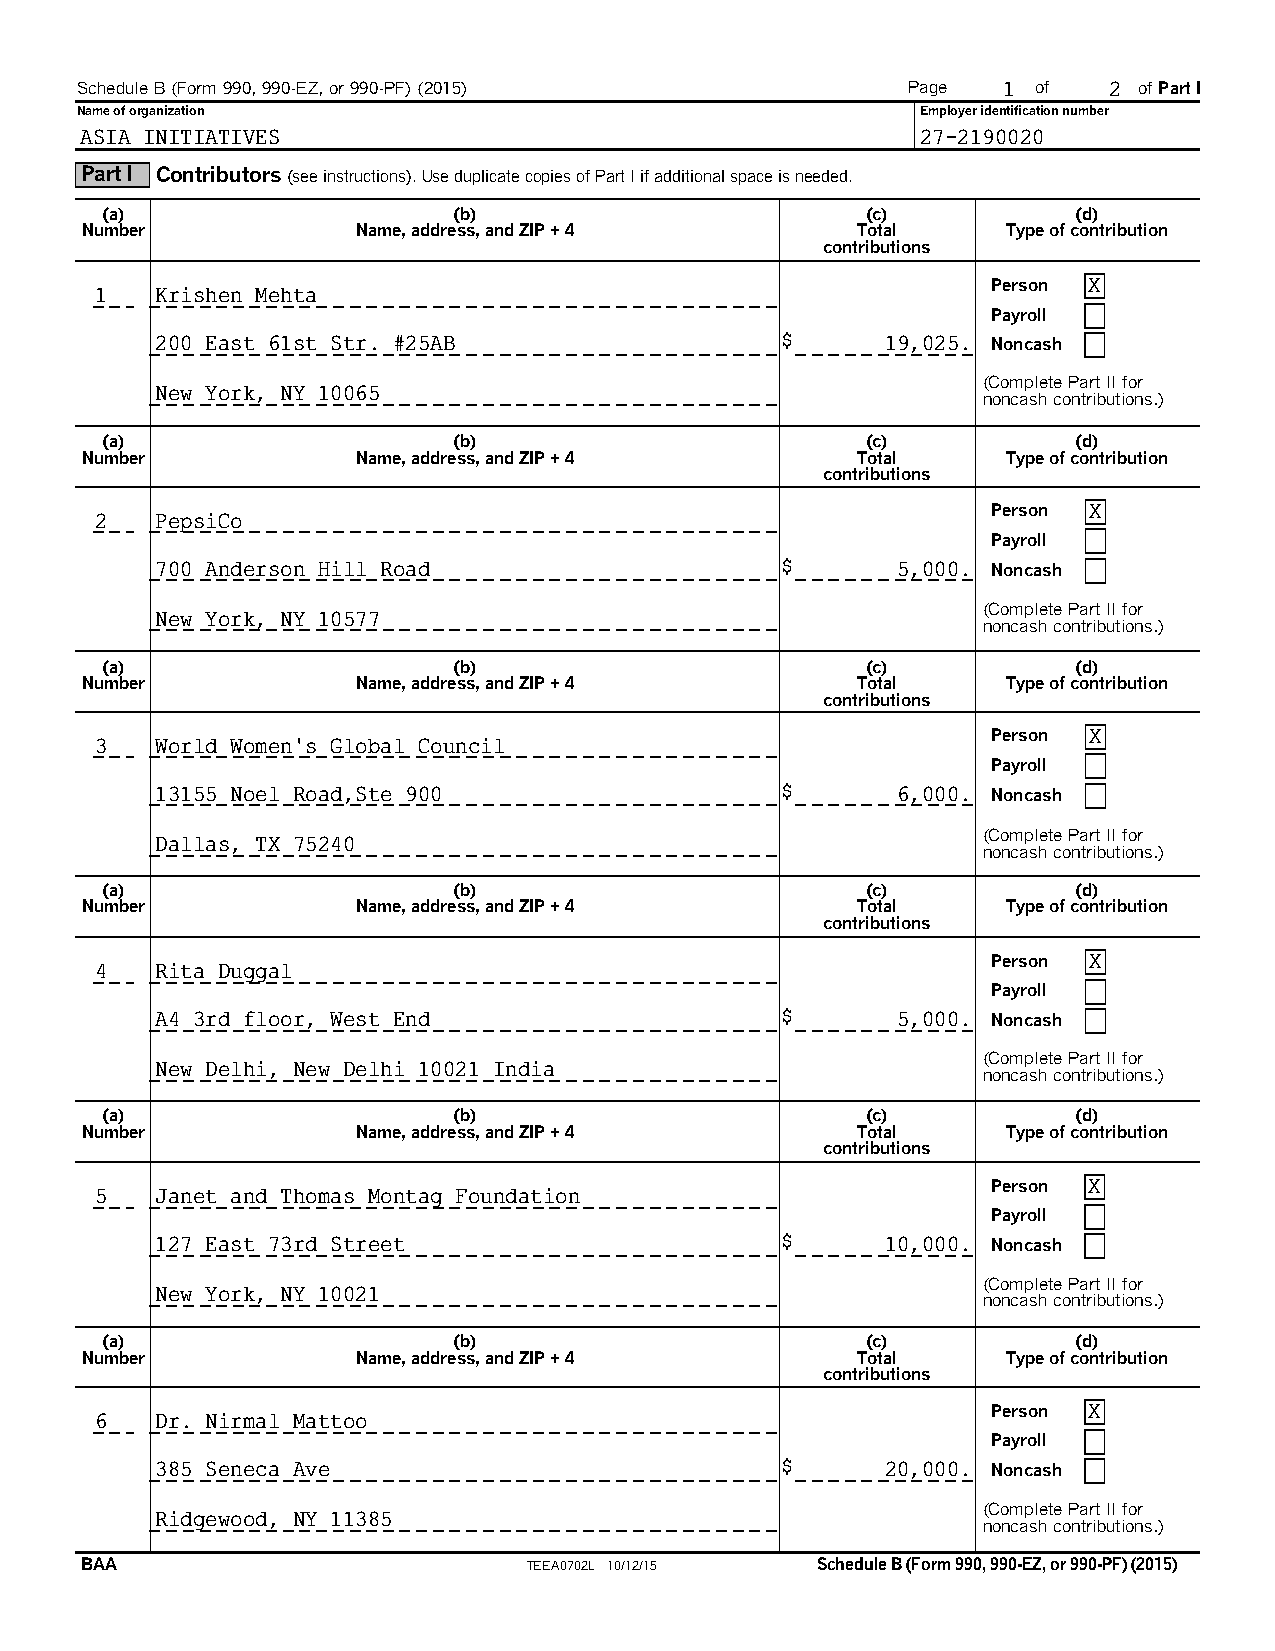
Schedule B (Form 990, 990-EZ, or 990-PF) (2015)        Page  1  of  2 of Part I
 Name of organization                                    Employer identification number
 ASIA INITIATIVES                                        27-2190020
 Part I Contributors(see instructions). Use duplicate copies of Part I if additional space is needed.
 (a)                    (b)                        (c)           (d)
 Number             Name, address, and ZIP + 4       Total     Type of contribution
 contributions
 Person X
 1   Krishen Mehta
 Payroll
 200 East 61st Str. #25AB                  $      19,025. Noncash
 (Complete Part II for
 New York, NY 10065                                     noncash contributions.)
 (a)                    (b)                        (c)           (d)
 Number             Name, address, and ZIP + 4       Total     Type of contribution
 contributions
 Person X
 2   PepsiCo
 Payroll
 700 Anderson Hill Road                    $      5,000. Noncash
 (Complete Part II for
 New York, NY 10577
 noncash contributions.)
 (a)                    (b)                        (c)           (d)
 Number             Name, address, and ZIP + 4       Total     Type of contribution
 contributions
 Person X
 3   World Women’s Global Council
 Payroll
 13155 Noel Road,Ste 900                   $      6,000. Noncash
 (Complete Part II for
 Dallas, TX 75240
 noncash contributions.)
 (a)                    (b)                        (c)           (d)
 Number             Name, address, and ZIP + 4       Total     Type of contribution
 contributions
 Person X
 4   Rita Duggal
 Payroll
 A4 3rd floor, West End                    $      5,000. Noncash
 (Complete Part II for
 New Delhi, New Delhi 10021 India                       noncash contributions.)
 (a)                    (b)                        (c)           (d)
 Number             Name, address, and ZIP + 4       Total     Type of contribution
 contributions
 Person X
 5   Janet and Thomas Montag Foundation
 Payroll
 127 East 73rd Street                      $      10,000. Noncash
 (Complete Part II for
 New York, NY 10021
 noncash contributions.)
 (a)                    (b)                        (c)           (d)
 Number             Name, address, and ZIP + 4       Total     Type of contribution
 contributions
 Person X
 6   Dr. Nirmal Mattoo
 Payroll
 385 Seneca Ave                            $      20,000. Noncash
 (Complete Part II for
 Ridgewood, NY 11385
 noncash contributions.)
 BAA                           TEEA0702L 10/12/15 Schedule B (Form 990, 990-EZ, or 990-PF) (2015)